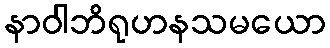
နာဝါဘိရုဟနသမယော